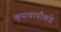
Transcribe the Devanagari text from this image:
कृपाचार्यांकडे